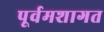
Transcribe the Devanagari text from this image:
पूर्वमशागत